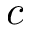
c